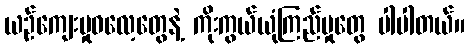
ယဉ်ကျေးမှုဓလေ့တွေနဲ့ ကိုးကွယ်ယုံကြည်မှုတွေ ပါပါတယ်။